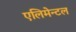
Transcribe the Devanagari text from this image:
एलिमेन्टल